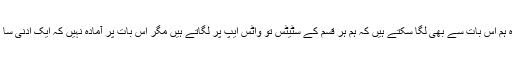
ہم پاکستانيوں کی ذہنی پستی و غلامی کا اندازہ ہم اس بات سے بھی لگا سکتے ہیں کہ ہم ہر قسم کے سٹیٹس تو واٹس ایپ پر لگاتے ہیں مگر اس بات پر آمادہ نہیں کہ ایک ادنی سا پیغام "اردو” کے نفاذ کے حق میں بھی لگاۓ۔